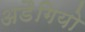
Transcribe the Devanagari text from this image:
अडैगियो